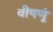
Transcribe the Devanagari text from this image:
वीषणूं